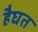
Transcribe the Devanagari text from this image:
हैघत